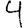
Digit: 4